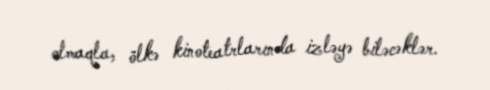
olmaqla, ölkə kinoteatrlarında izləyə biləcəklər.